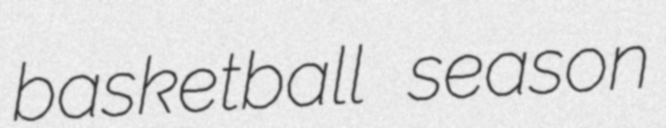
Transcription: basketball season